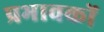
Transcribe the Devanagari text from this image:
प्रभावकों